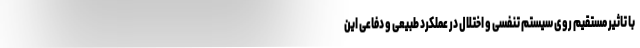
با تاثیر مستقیم روی سیستم تنفسی و اختلال در عملکرد طبیعی و دفاعی این